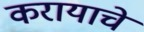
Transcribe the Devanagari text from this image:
करायाचे